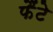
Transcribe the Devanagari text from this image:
फैंटे